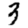
Digit: 3